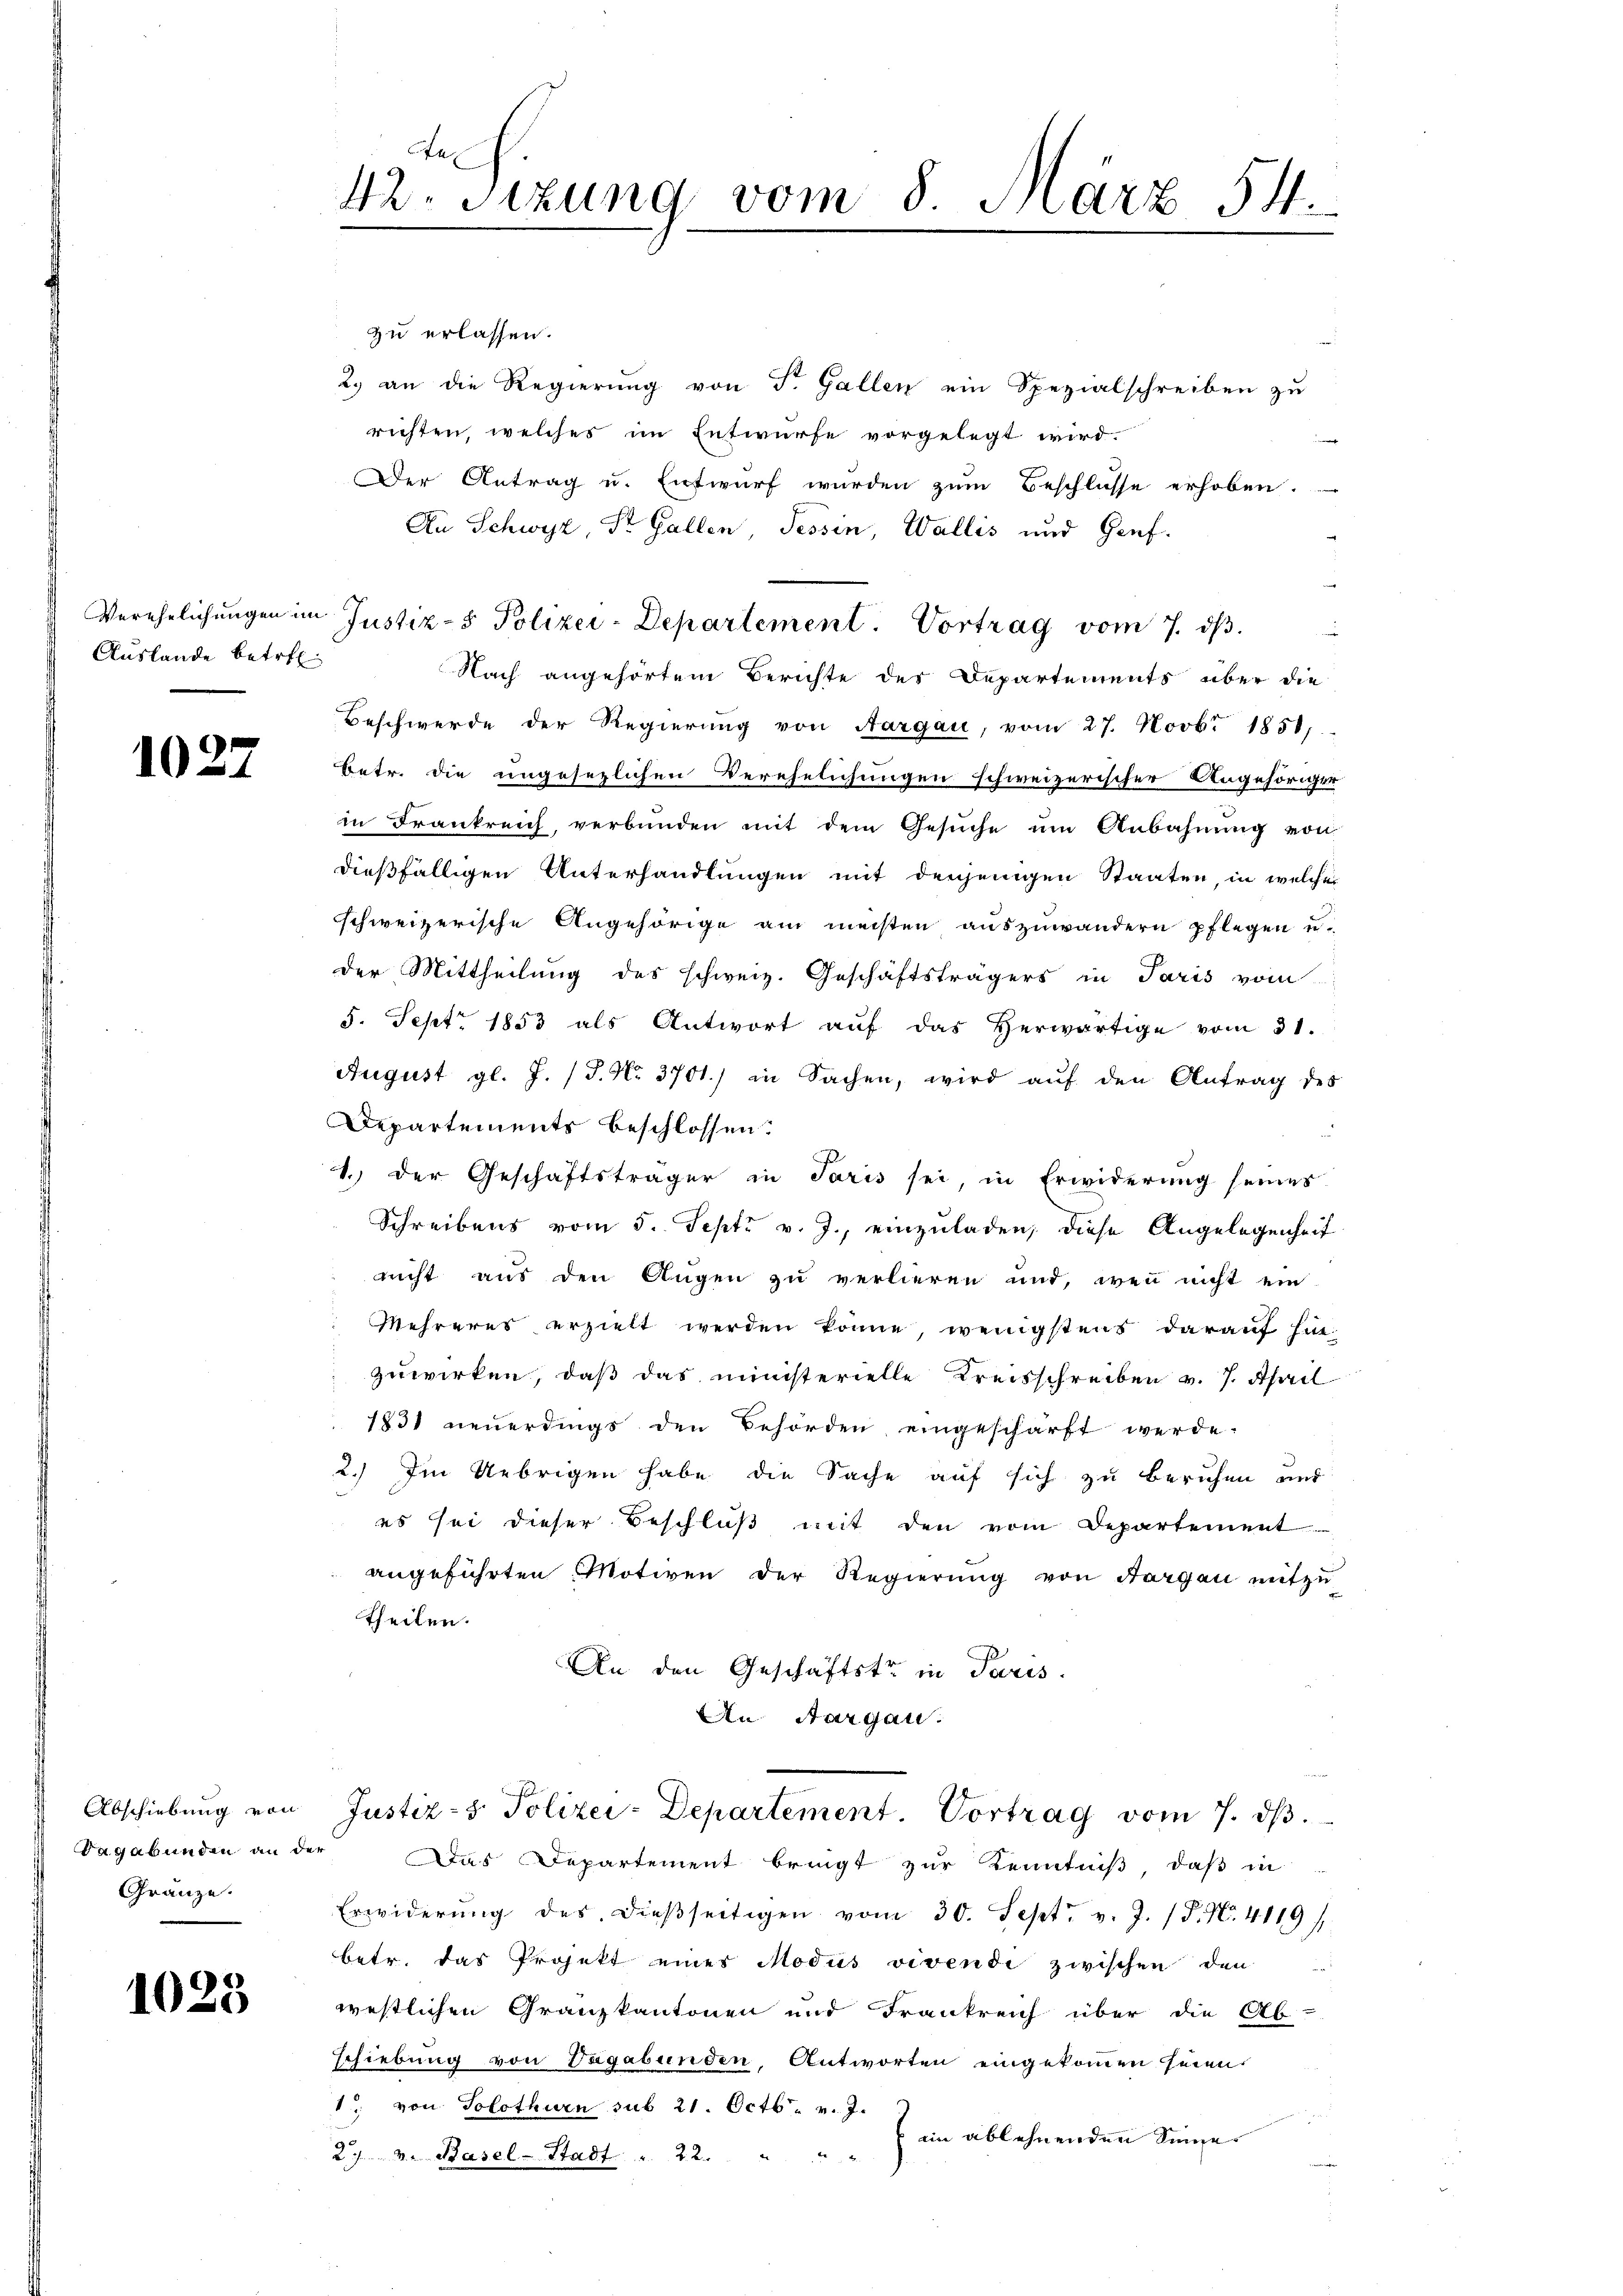
Auslande betre

1027

Gränze.

1023

e
42. Sizung vom 8. März 54.

zu erlassen.
2.) an die Regierung von St. Gallen ein Spezialschreiben zu
richten, welches im Entwurfe vorgelegt wird.
Der Antrag u. Entwurf wurden zum Beschlüsse erhoben.
An Schwyz, Dr. Gallen, Tessin, Wallis und Genf
Verehelichungen im Justiz- & Polizei-Departement. Vortrag vom 7. ds.
Nach angehörtem Berichte der Departements über die
Beschwerde der Regierung von Aargau, vom 27. Novbr 1851.
Betr. die ungesezlichen Verehelichungen schweizerischer Angehöriger
in Frankreich, verbunden mit dem Gesŭche um Anbahnung von
dießfälligen Unterhandlungen mit denjenigen Staaten, in welches
schweizerische Angehörige am meisten auszuwändern pflegen u.
der Mittheilung des schweiz. Geschäftsträgers in Paris vom
5. Sept 1853 als Antwort auf das Herwärtige vom 31.
August gl. J. (T. No. 3701) in Sachen, wird auf den Antrag des
Departements beschlossen.
1.) Der Geschäftsträger in Paris sei, in Erwiderung seines
Schreibens vom 5. Sept. v. J., einzuladen, diese Angelegenheit
nicht aus den Augen zu verlieren und, wenn nicht ein
Mehrerer erzielt werden könne, wenigstens darauf hin-
zuwirken, daß das ministerielle Kreisschreiben v. 7. April
1831 neŭerdings den Behörden eingeschärft werde.
2.) Im Uebrigen habe die Sache auf sich zu beruhen und
es sei dieser Beschluß mit den vom Departement
angeführten Motiven der Regierung von Aargau mitzu
Theilen.
An den Geschäftstr. in Paris.
An Aargau.
7
Abschiebung von Justiz- & Polizei-Departement. Vortrag vom 7. d.
Sagabunden an der Das Departement bringt zŭr Kenntniβ, daβ in
Erwiderŭng des dieβseitigen vom 30. Sept. v. J. P. N. 4119)
betr. das Projekt einer Modus vivendi zwischen den
westlichen Granzkantonen und Frankreich über die Ab-
schiebung von Begabunden, Antworten eingekommen seien.
1. von Solothurn sub 21. Octb. v. J.
im ablehnenden Sinne.
h
2. v. Basel-Stadt u. 22.